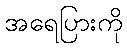
အရေပြားကို